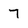
Character: 7